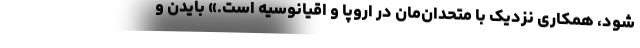
شود، همکاری نزدیک با متحدان‌مان در اروپا و اقیانوسیه است.» بایدن و